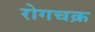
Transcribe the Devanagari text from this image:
रोगचक्र